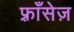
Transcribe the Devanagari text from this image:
फ़्राँसेज़